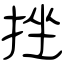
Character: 挫